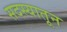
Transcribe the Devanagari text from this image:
सदस्यातून